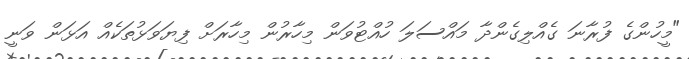
"މީހުންގެ ފުރާނަ ގެއްލިގެންދާ މައްސަލަ ހުއްޓުވަން މިހާރުން މިހާރަށް ފިޔަވަޅުތަކެއް އަޅަން ވަނީ